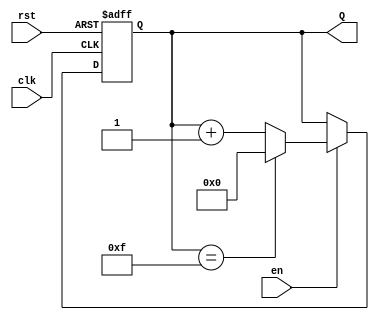
module up_counter (
    input wire clk,        // Clock signal
    input wire en,        // Enable signal
    input wire rst,       // Reset signal
    output reg [3:0] Q    // 4-bit counter output
);

    // Always block triggered on the rising edge of the clock
    always @(posedge clk or posedge rst) begin
        if (rst) begin
            // Asynchronous reset: set counter to 0
            Q <= 4'b0000;
        end else if (en) begin
            // Increment the counter if enabled
            if (Q == 4'b1111) begin
                Q <= 4'b0000; // Wrap around to 0
            end else begin
                Q <= Q + 1;   // Increment the counter
            end
        end
        // If enable is low, retain the current value of Q
    end

endmodule